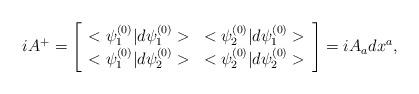
LaTeX: \begin{align*}iA^{+}=\left [ \begin{array} {ll}<\psi^{(0)}_1|d\psi^{(0)}_1>& <\psi^{(0)}_2|d\psi^{(0)}_1> \\<\psi^{(0)}_1|d\psi^{(0)}_2>&<\psi^{(0)}_2|d\psi^{(0)}_2>\end{array} \right ]=iA_a dx^a,\end{align*}